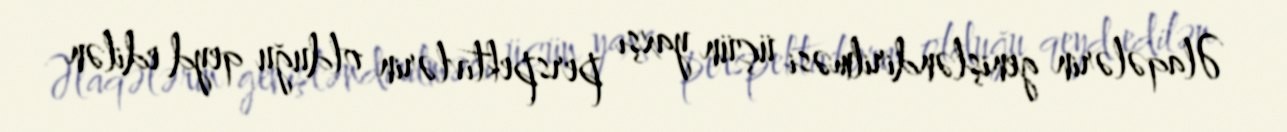
Əlaqələrin genişləndirilməsi üçün yaxşı perspektivlərin olduğu qeyd edilən